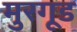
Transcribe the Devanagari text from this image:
मुरगूड